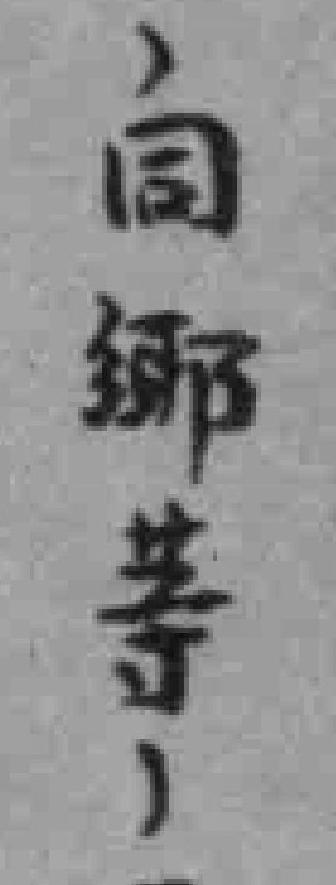
同郷等，